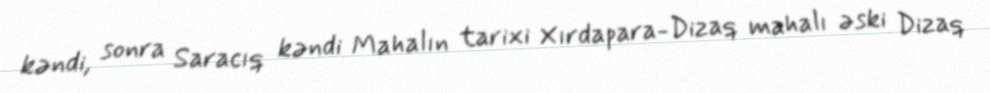
kəndi, sonra Saracıq kəndi Mahalın tarixi Xırdapara-Dizaq mahalı əski Dizaq